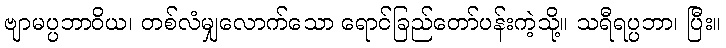
ဗျာမပ္ပဘာဝိယ၊ တစ်လံမျှလောက်သော ရောင်ခြည်တော်ပန်းကဲ့သို့။ သရီရပ္ပဘာ၊ ပြီး။